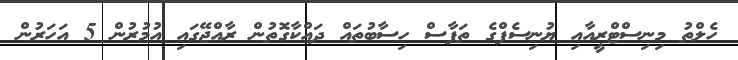
ހެލްތު މިނިސްޓްރީއާއި ޔުނިސެފްގެ ތަފާސް ހިސާބުތައް ދައްކާގޮތުން ރާއްޖޭގައި އުމުރުން 5 އަހަރުން